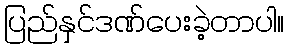
ပြည်နှင်ဒဏ်ပေးခဲ့တာပါ။